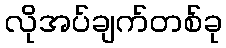
လိုအပ်ချက်တစ်ခု